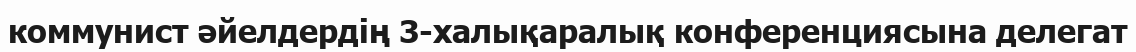
коммунист әйелдердің 3-халықаралық конференциясына делегат